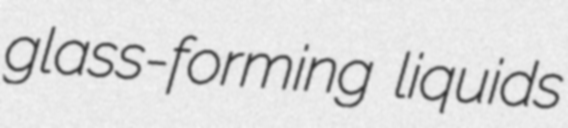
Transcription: glass-forming liquids